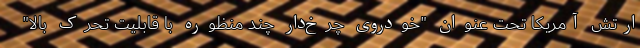
ارتش آمریکا تحت عنوان "خودروی چرخ‌دار چند منظوره با قابلیت تحرک بالا"